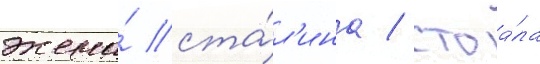
жена́ ста́л'ина / стоа́ла